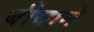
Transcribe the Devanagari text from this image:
बीयाने